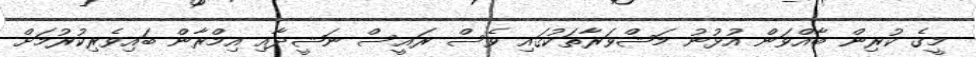
މީގެ ކުރިން ބާއްވަން އުޅުނު މަޝްވަރާތަކުގައި ވެސް ރައީސް ނަޝީދާއި އިމްރާން ބައިވެރިކުރުމަށް